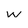
Character: w